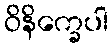
ဝိနိက္ခေပါ